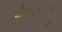
પીઆઇએલ